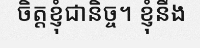
ចិត្តខ្ញុំជានិច្ច។ ខ្ញុំនឹង